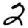
Digit: 2